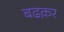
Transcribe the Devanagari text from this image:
बढक़र